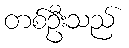
တစ်ဦးသည်